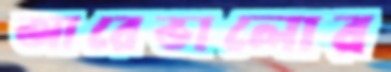
আরেভালোর